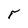
Character: r